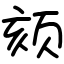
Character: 颏